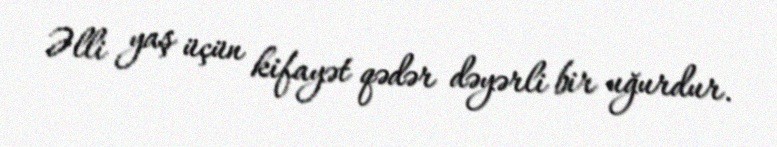
Əlli yaş üçün kifayət qədər dəyərli bir uğurdur.